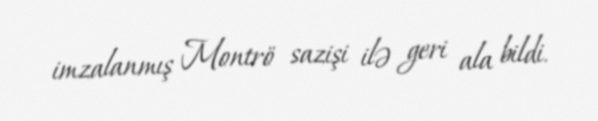
imzalanmış Montrö sazişi ilə geri ala bildi.